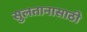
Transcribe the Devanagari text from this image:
सुलतानासाठी